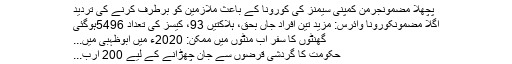
پچھلا مضمونجرمن کمپنی سیمنز کی کورونا کے باعث ملازمین کو برطرف کرنے کی تردید
اگلا مضمونکورونا وائرس: مزید تین افراد جاں بحق، ہلاکتیں 93، کیسز کی تعداد 5496ہوگئی
گھنٹوں کا سفر اب منٹوں میں ممکن: 2020ء میں ابوظہبی میں...
حکومت کا گردشی قرضوں سے جان چھڑانے کے لیے 200 ارب...